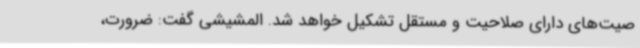
صیت‌های دارای صلاحیت و مستقل تشکیل خواهد شد. المشیشی گفت: ضرورت،